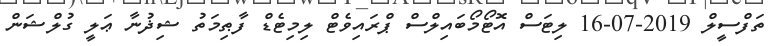
ތަފްސީލް 2019-07-16 ލިޓަސް އޮޓޯމޯބައިލްސް ޕްރައިވެޓް ލިމިޓެޑް ފާޠިމަތު ޝިޛުނާ ޢަލީ ގުލްޝަން